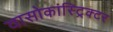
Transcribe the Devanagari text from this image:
वासोकांस्ट्रिक्टर